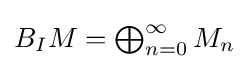
{\textstyle B_{I}M=\bigoplus _{n=0}^{\infty }M_{n}}